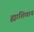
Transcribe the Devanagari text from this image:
ह्यांशिवाय